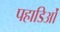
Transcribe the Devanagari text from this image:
पहाडिओं